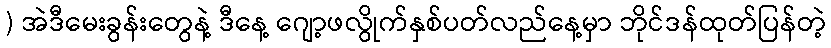
) အဲဒီမေးခွန်းတွေနဲ့ ဒီနေ့ ဂျော့ဖလွိုက်နှစ်ပတ်လည်နေ့မှာ ဘိုင်ဒန်ထုတ်ပြန်တဲ့